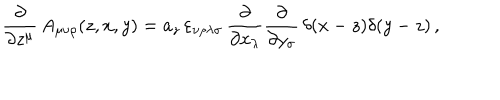
\frac { \partial } { \partial z ^ { \mu } } \, A _ { \mu \nu \rho } ( z , x , y ) = a _ { z } \, \varepsilon _ { \nu \rho \lambda \sigma } \, \frac { \partial } { \partial x _ { \lambda } } \frac { \partial } { \partial y _ { \sigma } } \, \delta ( x - z ) \delta ( y - z ) \, ,